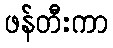
ဖန်တီးကာ